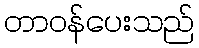
တာဝန်ပေးသည်